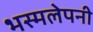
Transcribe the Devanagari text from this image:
भस्मलेपनी